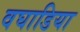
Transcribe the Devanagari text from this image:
वघाडिया